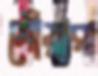
গোঁয়ারা